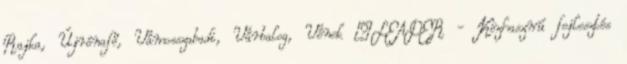
Rajka, Újrónafő, Vámosszabadi, Várbalog, Vének ▪LEADER - Közhasznú fejlesztés